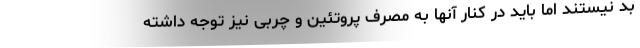
بد نیستند اما باید در کنار آنها به مصرف پروتئین و چربی نیز توجه داشته